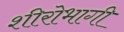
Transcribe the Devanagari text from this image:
शीरोभागी